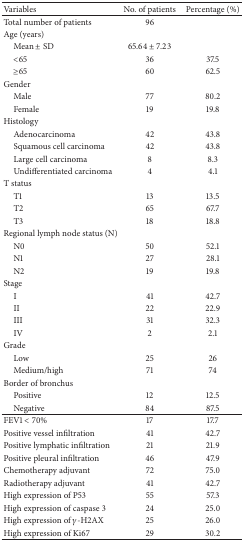
<table><thead><tr><td><b>Variables</b></td><td><b>No. of patients</b></td><td><b>Percentage (%)</b></td></tr></thead><tbody><tr><td>Total number of patients</td><td>96</td><td> </td></tr><tr><td>Age (years) </td><td> </td><td> </td></tr><tr><td> Mean ± SD</td><td>65.64 ± 7.23</td><td> </td></tr><tr><td> &lt;65</td><td>36</td><td>37.5</td></tr><tr><td> ≥65</td><td>60</td><td>62.5</td></tr><tr><td>Gender</td><td> </td><td> </td></tr><tr><td> Male</td><td>77</td><td>80.2</td></tr><tr><td> Female</td><td>19</td><td>19.8</td></tr><tr><td>Histology</td><td> </td><td> </td></tr><tr><td> Adenocarcinoma</td><td>42</td><td>43.8</td></tr><tr><td> Squamous cell carcinoma</td><td>42</td><td>43.8</td></tr><tr><td> Large cell carcinoma</td><td>8</td><td>8.3</td></tr><tr><td> Undifferentiated carcinoma</td><td>4</td><td>4.1</td></tr><tr><td>T status </td><td> </td><td> </td></tr><tr><td> T1</td><td>13</td><td>13.5</td></tr><tr><td> T2</td><td>65</td><td>67.7</td></tr><tr><td> T3</td><td>18</td><td>18.8</td></tr><tr><td>Regional lymph node status (N)</td><td> </td><td> </td></tr><tr><td> N0</td><td>50</td><td>52.1</td></tr><tr><td> N1</td><td>27</td><td>28.1</td></tr><tr><td> N2</td><td>19</td><td>19.8</td></tr><tr><td>Stage </td><td> </td><td> </td></tr><tr><td> I</td><td>41</td><td>42.7</td></tr><tr><td> II</td><td>22</td><td>22.9</td></tr><tr><td> III</td><td>31</td><td>32.3</td></tr><tr><td> IV</td><td>2</td><td>2.1</td></tr><tr><td>Grade</td><td> </td><td> </td></tr><tr><td> Low</td><td>25</td><td>26</td></tr><tr><td> Medium/high</td><td>71</td><td>74</td></tr><tr><td>Border of bronchus</td><td> </td><td> </td></tr><tr><td> Positive</td><td>12</td><td>12.5</td></tr><tr><td> Negative</td><td>84</td><td>87.5</td></tr><tr><td>FEV1 &lt; 70%</td><td>17</td><td>17.7</td></tr><tr><td>Positive vessel infiltration </td><td>41</td><td>42.7</td></tr><tr><td>Positive lymphatic infiltration </td><td>21</td><td>21.9</td></tr><tr><td>Positive pleural infiltration </td><td>46</td><td>47.9</td></tr><tr><td>Chemotherapy adjuvant </td><td>72</td><td>75.0</td></tr><tr><td>Radiotherapy adjuvant </td><td>41</td><td>42.7</td></tr><tr><td>High expression of P53 </td><td>55</td><td>57.3</td></tr><tr><td>High expression of caspase 3</td><td>24</td><td>25.0</td></tr><tr><td>High expression of <i>γ</i>-H2AX </td><td>25</td><td>26.0</td></tr><tr><td>High expression of Ki67 </td><td>29</td><td>30.2</td></tr></tbody></table>